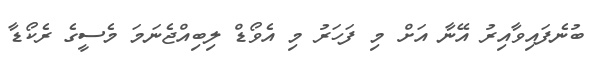
ބުނެފައިވާއިރު އޭނާ އަށް މި ފަހަރު މި އެވޯޑް ލިބިއްޖެނަމަ މެސީގެ ރެކޯޑާ